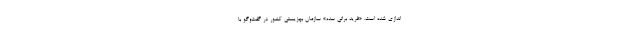
‌اندازی شده است. «فرید براتی سده» سازمان بهزیستی کشور در گفت‌وگو با